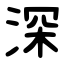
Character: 深